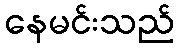
နေမင်းသည်